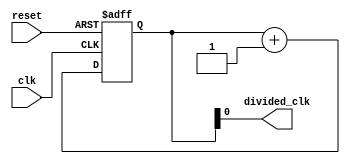
module clock_divider (
    input wire clk,         // Input clock signal
    input wire reset,       // Reset signal
    output reg divided_clk  // Divided clock signal output
);

reg [3:0] counter;

always @(posedge clk or posedge reset) begin
    if (reset) begin
        counter <= 0;
    end else begin
        if (counter == 8'hFF) begin
            counter <= 0;
        end else begin
            counter <= counter + 1;
        end
    end
end

assign divided_clk = counter[0]; // Output divided clock signal

endmodule